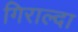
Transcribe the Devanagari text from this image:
गिराल्दा